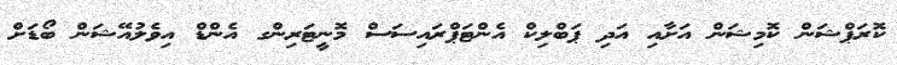
ކޮރަޕްޝަން ކޮމިޝަން އަށާއި އަދި ޕަބްލިކް އެންޓަޕްރައިސަސް މޮނީޓަރިންގ އެންޑް އިވެލުއޭޝަން ބޯޑަށް